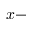
x -